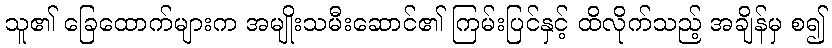
သူ၏ ခြေထောက်များက အမျိုးသမီးဆောင်၏ ကြမ်းပြင်နှင့် ထိလိုက်သည့် အချိန်မှ စ၍